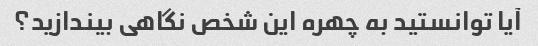
آیا توانستید به چهره این شخص نگاهی بیندازید؟